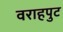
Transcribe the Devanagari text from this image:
वराहपुट